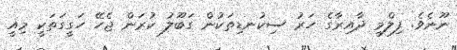
ނޫނެވެ. ފިލްމީ ދާއިރާގެ ހަރު ސިކުނޑިތަކުން ގަބޫލު ކުރަން ޖެހޭ ހަގީގަތަކީ މިއީ